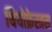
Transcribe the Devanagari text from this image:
थियोफ्रेस्त्रस